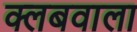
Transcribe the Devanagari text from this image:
क्लबवाला